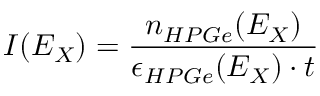
I ( E _ { X } ) = \frac { n _ { H P G e } ( E _ { X } ) } { \epsilon _ { H P G e } ( E _ { X } ) \cdot t }